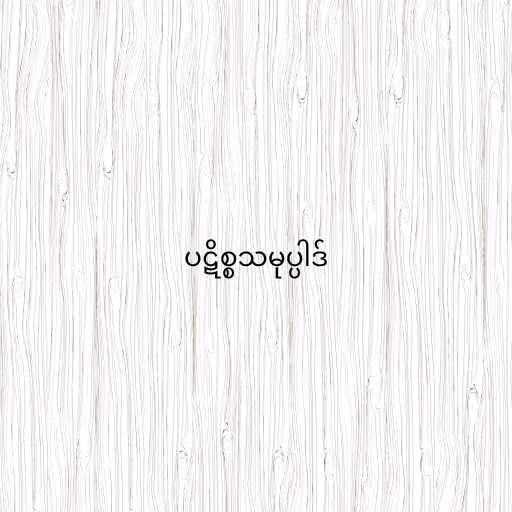
ပဋိစ္စသမုပ္ပါဒ်